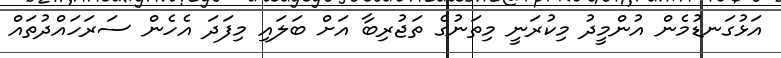
އަޅުގަނޑުމެން އުންމީދު މިކުރަނީ މިތަނުގެ ތަޖުރިބާ އަށް ބަލައި މިފަދަ އެހެން ސަރަހައްދުތައް